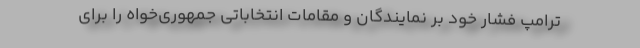
ترامپ فشار خود بر نمایندگان و مقامات انتخاباتی جمهوری‌خواه را برای